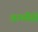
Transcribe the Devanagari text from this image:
वाणीसे